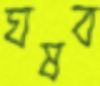
ঘষব